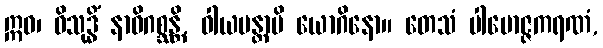
ဣဓ၊ ဝိသုဒ္ဓိံ နာဓိဂစ္ဆန္တိ, ဝါယမန္တာပိ ယောဂိနော။ တေသံ ပါမောဇ္ဇကရဏံ,